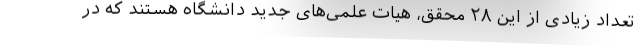
تعداد زیادی از این ۲۸ محقق، هیات علمی‌های جدید دانشگاه هستند که در